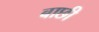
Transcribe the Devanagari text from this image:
बाछी